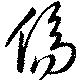
傷